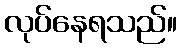
လုပ်နေရသည်။